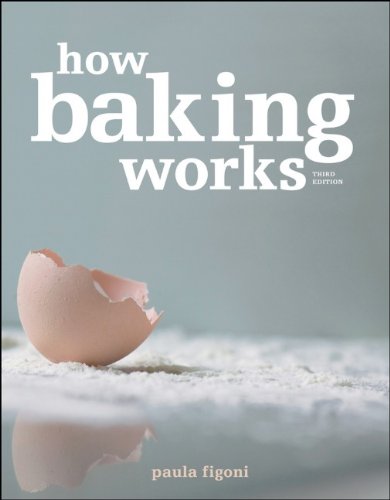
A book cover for How Baking Works: Exploring the Fundamentals of Baking Science; Paula I. Figoni; Cookbooks, Food & Wine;